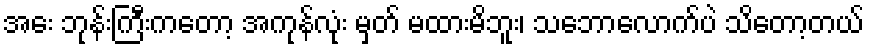
အေး ဘုန်းကြီးကတော့ အကုန်လုံး မှတ် မထားမိဘူး၊ သဘောလောက်ပဲ သိတော့တယ်